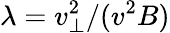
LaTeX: \lambda=v_{\perp}^{2}/(v^{2}B)